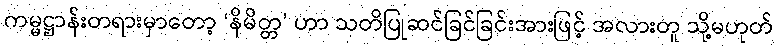
ကမ္မဋ္ဌာန်းတရားမှာတော့ ‘နိမိတ္တ’ ဟာ သတိပြုဆင်ခြင်ခြင်းအားဖြင့် အလားတူ သို့မဟုတ်